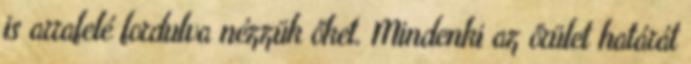
is arrafelé fordulva nézzük őket. Mindenki az őrület határát